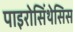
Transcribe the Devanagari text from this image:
पाइरोसिंथेसिस